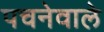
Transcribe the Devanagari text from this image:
पचनेवाले